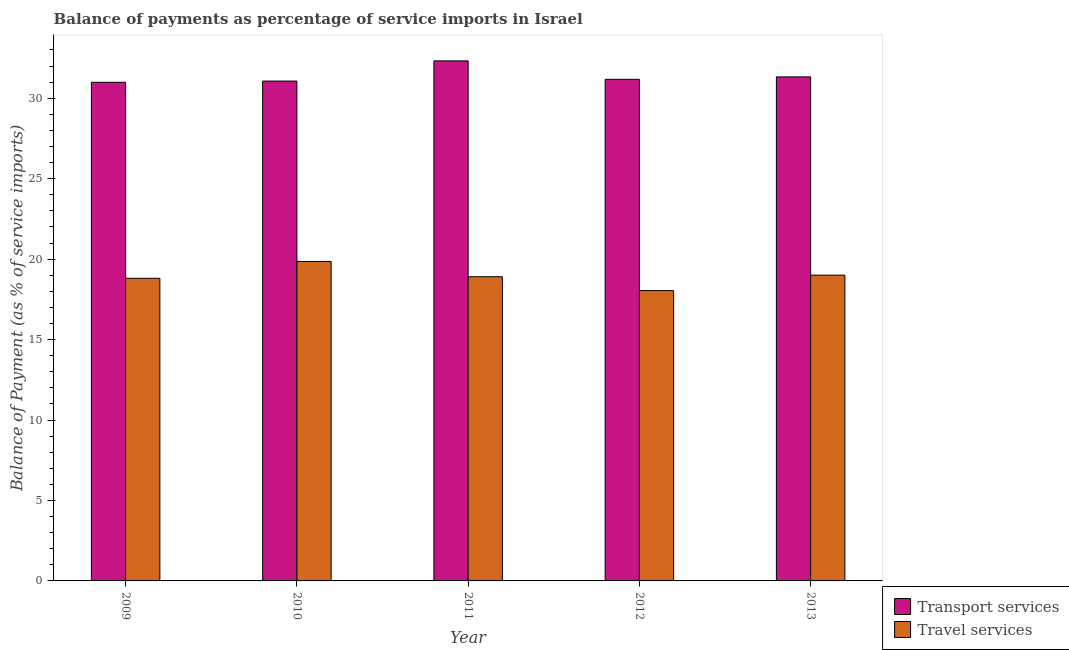
| Year | Transport services | Travel services |
 | --- | --- | --- |
 | 2009 | 31 | 18.8 |
 | 2010 | 31.1 | 19.9 |
 | 2011 | 32.3 | 18.9 |
 | 2012 | 31.2 | 18 |
 | 2013 | 31.3 | 19 |